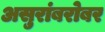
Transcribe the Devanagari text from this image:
असुरांबरोबर